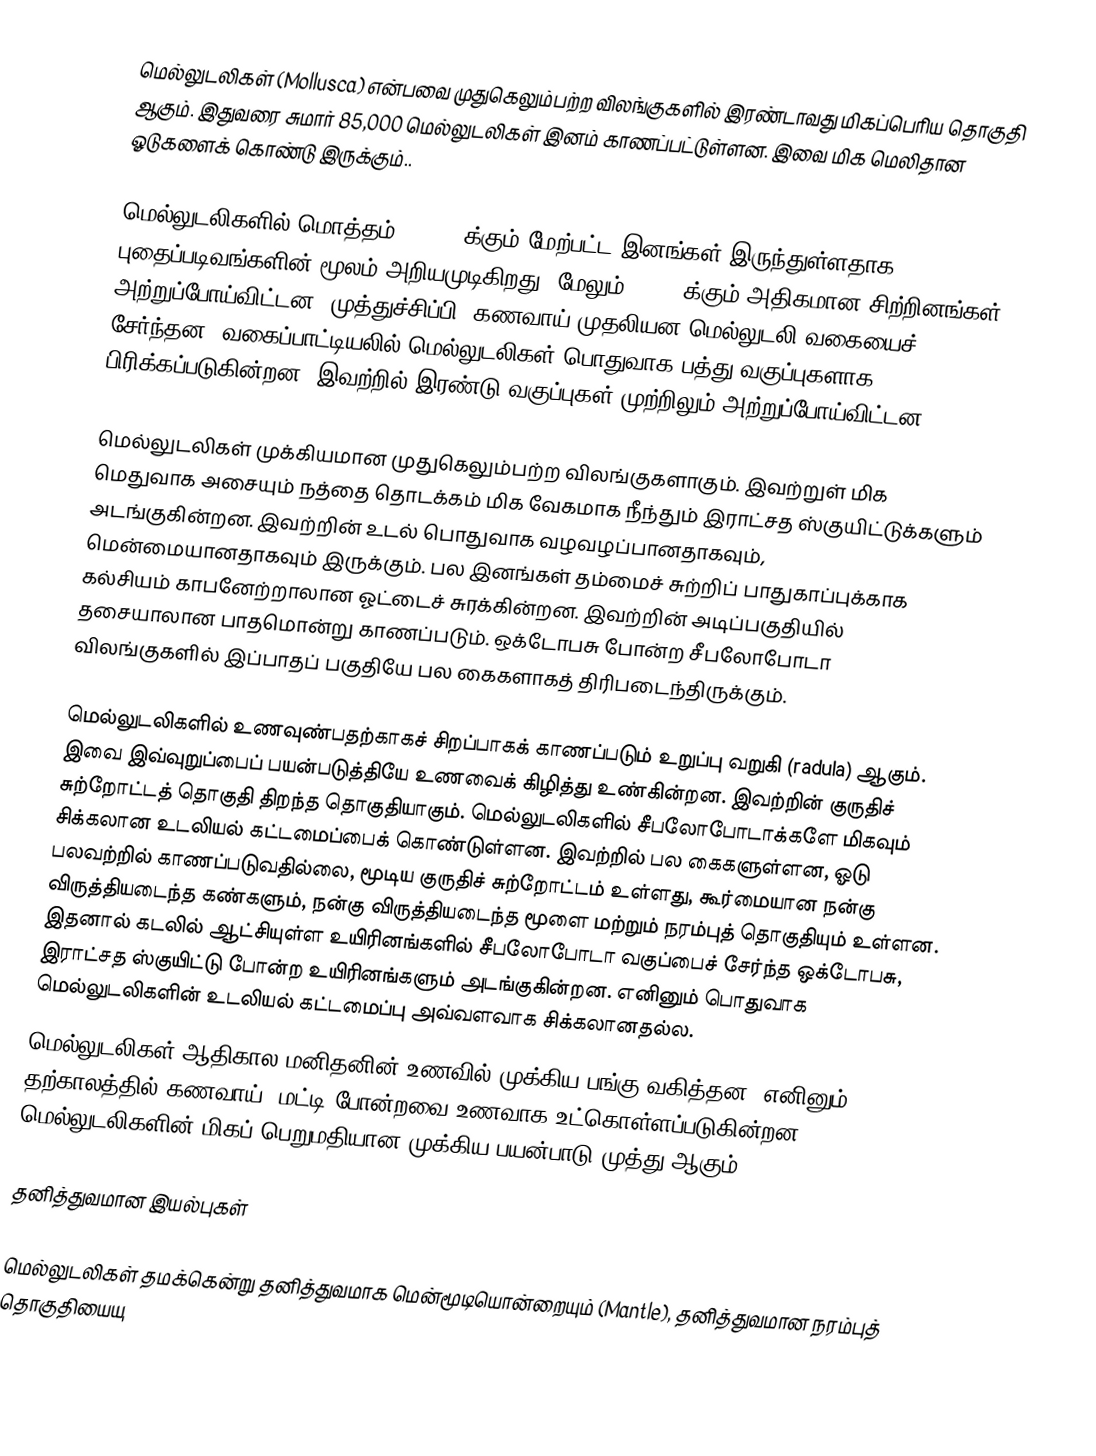
மெல்லுடலிகள் (Mollusca) என்பவை முதுகெலும்பற்ற விலங்குகளில் இரண்டாவது மிகப்பெரிய தொகுதி ஆகும். இதுவரை சுமார் 85,000 மெல்லுடலிகள் இனம் காணப்பட்டுள்ளன. இவை மிக மெலிதான ஓடுகளைக் கொண்டு இருக்கும்..

மெல்லுடலிகளில் மொத்தம் 100,000க்கும் மேற்பட்ட இனங்கள் இருந்துள்ளதாக புதைப்படிவங்களின் மூலம் அறியமுடிகிறது. மேலும் 70,000க்கும் அதிகமான சிற்றினங்கள் அற்றுப்போய்விட்டன. முத்துச்சிப்பி, கணவாய் முதலியன மெல்லுடலி வகையைச் சேர்ந்தன. வகைப்பாட்டியலில் மெல்லுடலிகள் பொதுவாக பத்து வகுப்புகளாக பிரிக்கப்படுகின்றன. இவற்றில் இரண்டு வகுப்புகள் முற்றிலும் அற்றுப்போய்விட்டன.

மெல்லுடலிகள் முக்கியமான முதுகெலும்பற்ற விலங்குகளாகும். இவற்றுள் மிக மெதுவாக அசையும் நத்தை தொடக்கம் மிக வேகமாக நீந்தும் இராட்சத ஸ்குயிட்டுக்களும் அடங்குகின்றன. இவற்றின் உடல் பொதுவாக வழவழப்பானதாகவும், மென்மையானதாகவும் இருக்கும். பல இனங்கள் தம்மைச் சுற்றிப் பாதுகாப்புக்காக கல்சியம் காபனேற்றாலான ஓட்டைச் சுரக்கின்றன. இவற்றின் அடிப்பகுதியில் தசையாலான பாதமொன்று காணப்படும். ஒக்டோபசு போன்ற சீபலோபோடா விலங்குகளில் இப்பாதப் பகுதியே பல கைகளாகத் திரிபடைந்திருக்கும்.

மெல்லுடலிகளில் உணவுண்பதற்காகச் சிறப்பாகக் காணப்படும் உறுப்பு வறுகி (radula) ஆகும். இவை இவ்வுறுப்பைப் பயன்படுத்தியே உணவைக் கிழித்து உண்கின்றன. இவற்றின் குருதிச் சுற்றோட்டத் தொகுதி திறந்த தொகுதியாகும்.  மெல்லுடலிகளில் சீபலோபோடாக்களே மிகவும் சிக்கலான உடலியல் கட்டமைப்பைக் கொண்டுள்ளன. இவற்றில் பல கைகளுள்ளன, ஓடு பலவற்றில் காணப்படுவதில்லை, மூடிய குருதிச் சுற்றோட்டம் உள்ளது, கூர்மையான நன்கு விருத்தியடைந்த கண்களும், நன்கு விருத்தியடைந்த மூளை மற்றும் நரம்புத் தொகுதியும் உள்ளன. இதனால் கடலில் ஆட்சியுள்ள உயிரினங்களில் சீபலோபோடா வகுப்பைச் சேர்ந்த ஒக்டோபசு, இராட்சத ஸ்குயிட்டு போன்ற உயிரினங்களும் அடங்குகின்றன. எனினும் பொதுவாக மெல்லுடலிகளின் உடலியல் கட்டமைப்பு அவ்வளவாக சிக்கலானதல்ல.
மெல்லுடலிகள் ஆதிகால மனிதனின் உணவில் முக்கிய பங்கு வகித்தன. எனினும் தற்காலத்தில் கணவாய், மட்டி போன்றவை உணவாக உட்கொள்ளப்படுகின்றன. மெல்லுடலிகளின் மிகப் பெறுமதியான முக்கிய பயன்பாடு முத்து ஆகும்.

தனித்துவமான இயல்புகள்

மெல்லுடலிகள் தமக்கென்று தனித்துவமாக மென்மூடியொன்றையும் (Mantle), தனித்துவமான நரம்புத் தொகுதியையு